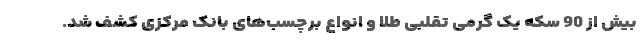
بیش از 90 سکه یک گرمی تقلبی طلا و انواع برچسب‌های بانک مرکزی کشف شد.